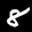
Label: 8